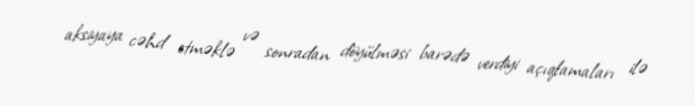
aksiyaya cəhd etməklə və sonradan döyülməsi barədə verdiyi açıqlamaları ilə